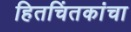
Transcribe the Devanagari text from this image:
हितचिंतकांचा